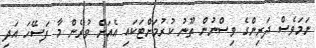
ނަމަވެސް ދަރިންގެ ވިސްނުން ތޫނު ކުރުމަށްޓަކައި އެއަށް ވުރެން މާ ފަސޭހަ އަދި